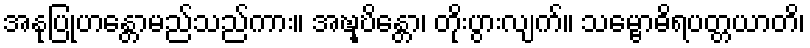
အနုပြုဟန္တောမည်သည်ကား။ အဎ္ဍ္ဎိန္တော၊ တိုးပွားလျက်။ သမ္ဗောဓိရပတ္တယာတိ၊